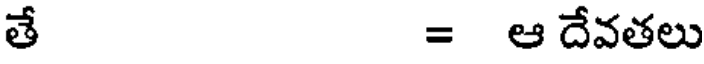
తే = ఆ దేవతలు